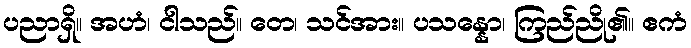
ပညာရှိ။ အဟံ၊ ငါသည်။ တေ၊ သင်အား။ ပသန္နော၊ ကြည်ညို၏။ ဧကံ